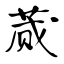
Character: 蒇